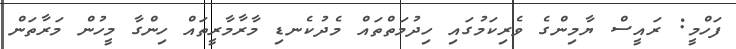
ފަހްމީ: ރައީސް ޔާމިންގެ ވެރިކަމުގައި ހިދުމަތްތައް މެދުކެނޑި މާރާމާރީތައް ހިންގާ މީހުން މަރާތަން